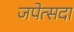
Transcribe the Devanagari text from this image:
जपेत्सदा